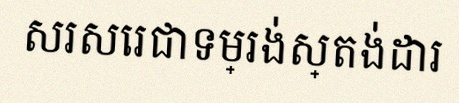
សរសេរជាទម្រង់ស្តង់ដារ